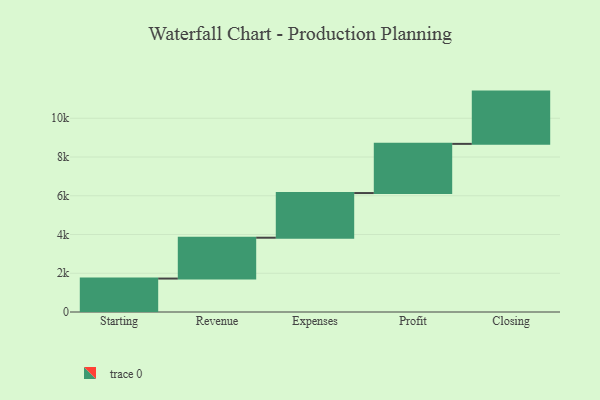
{"axis": {"x": "Step", "y": "Value"}, "legend": [""], "data": [{"x": "Starting", "y": 1726.0, "type": ""}, {"x": "Revenue", "y": 2109.0, "type": ""}, {"x": "Expenses", "y": 2305.0, "type": ""}, {"x": "Profit", "y": 2539.0, "type": ""}, {"x": "Closing", "y": 2698.0, "type": ""}]}